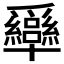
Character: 𤕍